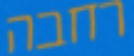
רחבה